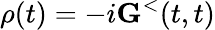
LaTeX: \rho(t)=-i{\mathbf G}^{<}(t,t)